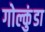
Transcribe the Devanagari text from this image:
गोल्कुंडा